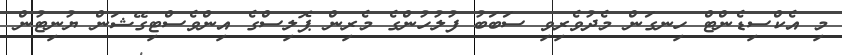
މި އެކްސިޑެންޓް ހިނގަން މެދުވެރިވި ސަބަބު ފުލުހުންގެ މެރިން ޕޮލިސްގެ އިންވެސްޓިގޭޝަން ޔުނިޓުން